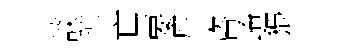
談琼亡要座咨崦猥